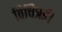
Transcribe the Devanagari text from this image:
विचित्रई।